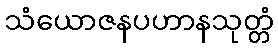
သံယောဇနပဟာနသုတ္တံ